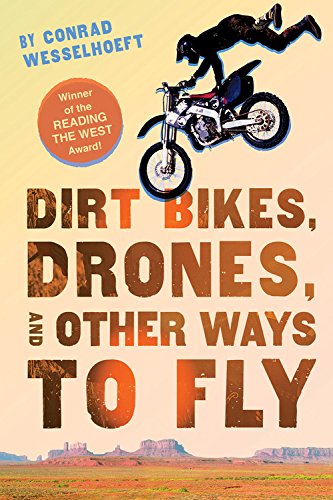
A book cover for Dirt Bikes, Drones, and Other Ways to Fly; Conrad Wesselhoeft; Teen & Young Adult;